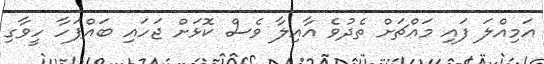
އަމިއްލަ ފައި މައްޗަށް ތެދުވެ އާއިލާ ވެސް ކޮޅަށް ޖަހައި ބައްޕަހާ ހީވާގި